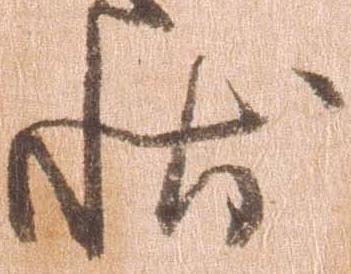
状